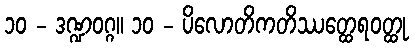
၁၀ - ဒဏ္ဍဝဂ္ဂ။ ၁၀ - ပိလောတိကတိဿတ္ထေရဝတ္ထု